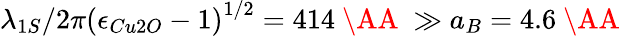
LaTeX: \lambda_{1S}/2\pi\left({\epsilon_{Cu2O}-1}\right)^{1/2}=414\mathrm{~\AA~}\gg a_{B}=4.6\mathrm{~\AA~}